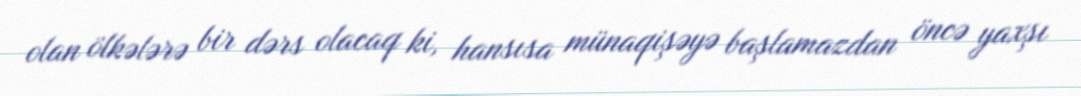
olan ölkələrə bir dərs olacaq ki, hansısa münaqişəyə başlamazdan öncə yaxşı